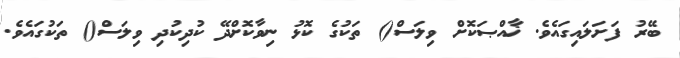
ބޭރު ފަށަލައިގައެވެ. ޚާއްޞަކޮށް ވިލަސް() ތަކުގެ ކޮޅު ނިވާކޮށްދޭ ކުދިކުދި ވިލަސް() ތަކުގައެވެ.